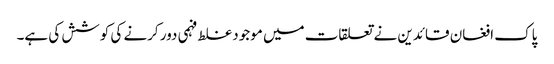
پاک افغان قائدین نے تعلقات میں موجود غلط فہمی دور کرنے کی کوشش کی ہے۔